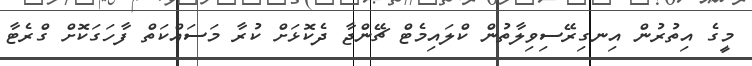
މީގެ އިތުރުން އިނގިރޭސިވިލާތުން ކްލައިމެޓް ޗޭންޖާ ދެކޮޅަށް ކުރާ މަސައްކަތް ފާހަގަކޮށް ގްރެޓާ